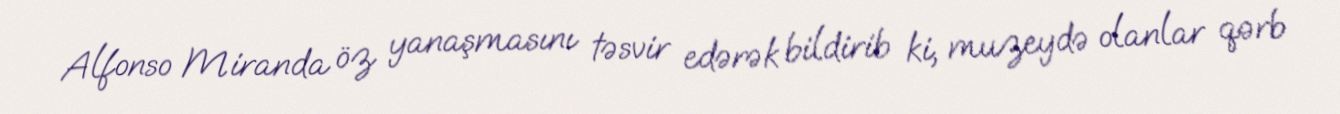
Alfonso Miranda öz yanaşmasını təsvir edərək bildirib ki, muzeydə olanlar qərb